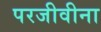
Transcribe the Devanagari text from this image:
परजीवीना